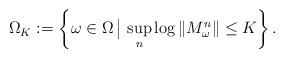
LaTeX: \begin{align*}\Omega_K:=\left\{\omega\in\Omega\,\big|\, \sup_n\log\Vert M^n_\omega\Vert\le K\right\}.\end{align*}